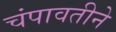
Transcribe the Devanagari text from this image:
चंपावतीने